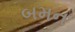
બમન